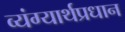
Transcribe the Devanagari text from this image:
व्यंग्यार्थप्रधान